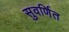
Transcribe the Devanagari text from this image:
सुवर्णित